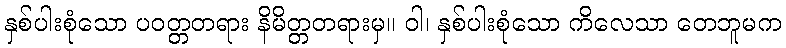
နှစ်ပါးစုံသော ပဝတ္တတရား နိမိတ္တတရားမှ။ ဝါ၊ နှစ်ပါးစုံသော ကိလေသာ တေဘူမက